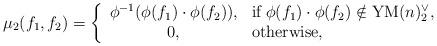
LaTeX: \begin{align*}\mu_2(f_1,f_2)=\left\{\begin{array}{cl}\phi^{-1}(\phi(f_1)\cdot\phi(f_2)),&\mbox{if}\; \phi(f_1)\cdot\phi(f_2)\notin \mathrm{YM}(n)_2^{\vee},\\0,&\mbox{otherwise,}\end{array}\right.\end{align*}